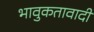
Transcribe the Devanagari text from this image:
भावुकतावादी